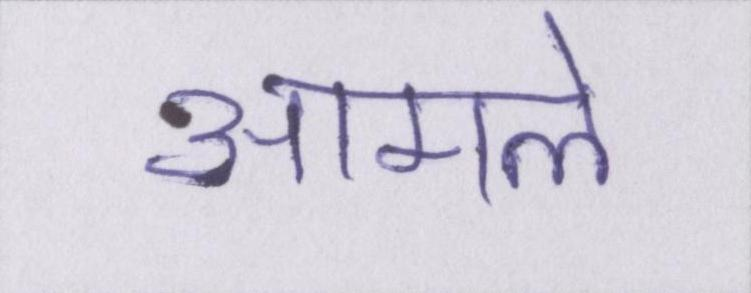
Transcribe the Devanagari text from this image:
आमले